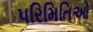
પરિમિતિઓ